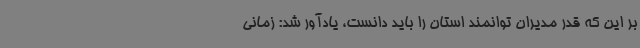
بر این که قدر مدیران توانمند استان را باید دانست، یادآور شد: زمانی